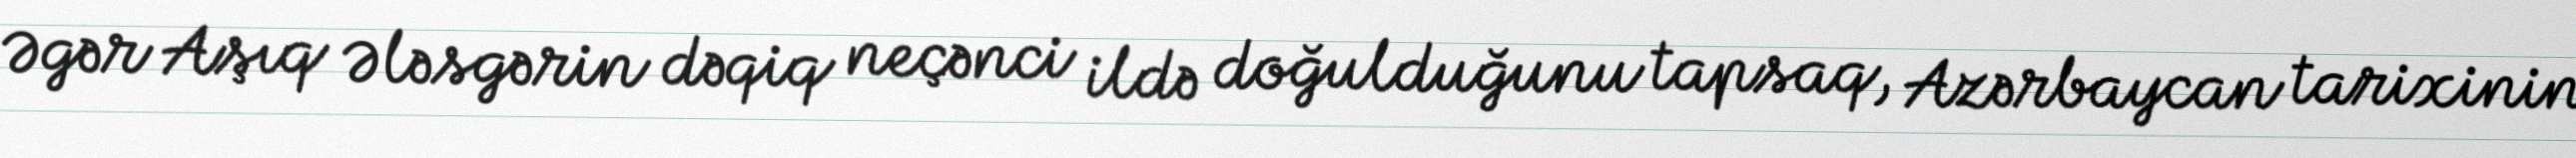
Əgər Aşıq Ələsgərin dəqiq neçənci ildə doğulduğunu tapsaq, Azərbaycan tarixinin